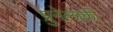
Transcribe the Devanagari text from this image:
प्रुनेलाकी